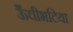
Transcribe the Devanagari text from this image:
ऊँचीभटिया